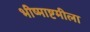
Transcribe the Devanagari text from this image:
भीष्माष्टमीला